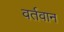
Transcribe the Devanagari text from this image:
वर्तवान